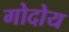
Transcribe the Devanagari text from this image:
गोदोय